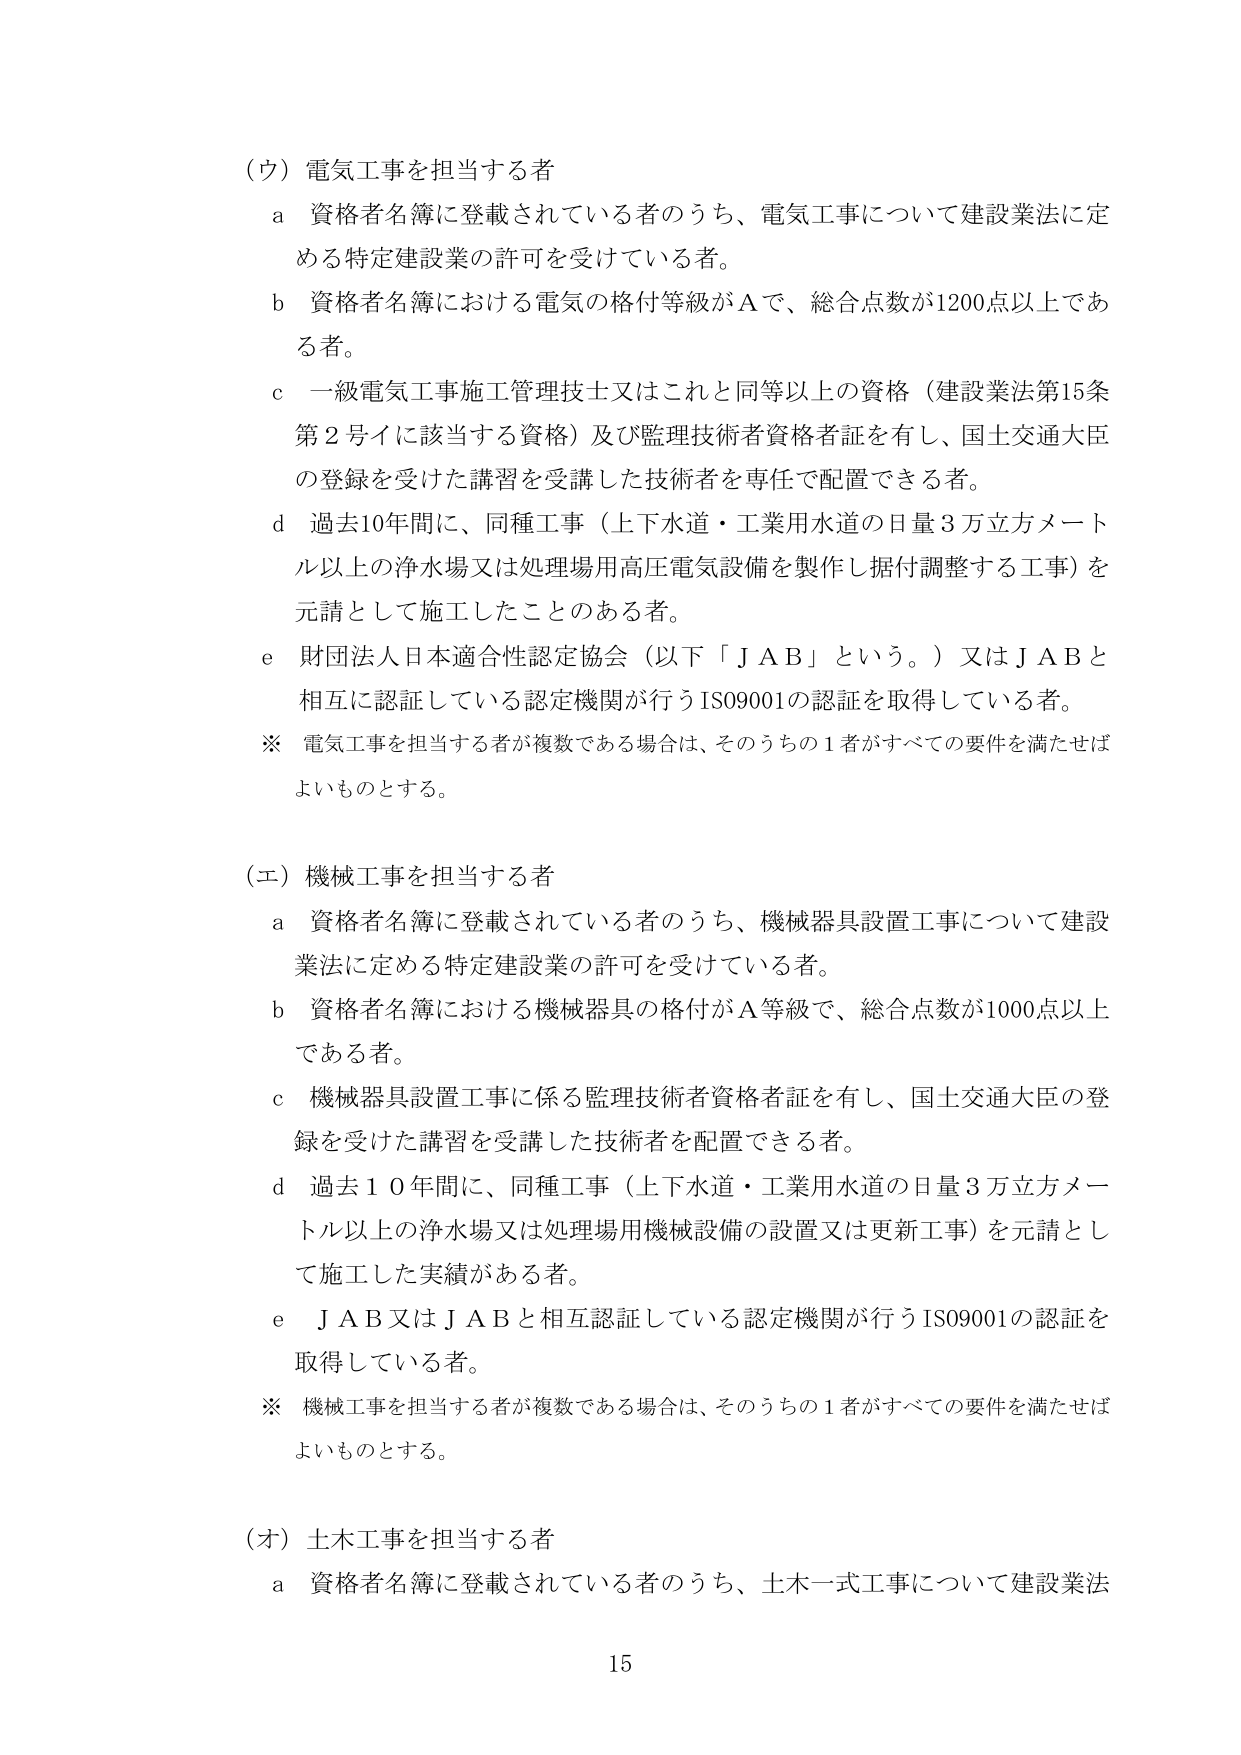
（ウ）電気工事を担当する者
　ａ 資格者名簿に登載されている者のうち、電気工事について建設業法に定める特定建設業の許可を受けている者。
　ｂ 資格者名簿における電気の格付等級がＡで、総合点数が1200点以上である者。
　ｃ 一級電気工事施工管理技士又はこれと同等以上の資格（建設業法第15条第２号イに該当する資格）及び監理技術者資格者証を有し、国土交通大臣の登録を受けた講習を受講した技術者を専任で配置できる者。
　ｄ 過去10年間に、同種工事（上下水道・工業用水道の日量3万立方メートル以上の浄水場又は処理場用高圧電気設備を製作し据付調整する工事）を元請として施工したことのある者。
　ｅ 財団法人日本適合性認定協会（以下「ＪＡＢ」という。）又はＪＡＢと相互に認証している認定機関が行うISO9001の認証を取得している者。
　※ 電気工事を担当する者が複数である場合は、そのうちの１者がすべての要件を満たせばよいものとする。

（エ）機械工事を担当する者
　ａ 資格者名簿に登載されている者のうち、機械器具設置工事について建設業法に定める特定建設業の許可を受けている者。
　ｂ 資格者名簿における機械器具の格付がＡ等級で、総合点数が1000点以上である者。
　ｃ 機械器具設置工事に係る監理技術者資格者証を有し、国土交通大臣の登録を受けた講習を受講した技術者を配置できる者。
　ｄ 過去１０年間に、同種工事（上下水道・工業用水道の日量3万立方メートル以上の浄水場又は処理場用機械設備の設置又は更新工事）を元請として施工した実績がある者。
　ｅ ＪＡＢ又はＪＡＢと相互認証している認定機関が行うISO9001の認証を取得している者。
　※ 機械工事を担当する者が複数である場合は、そのうちの１者がすべての要件を満たせばよいものとする。

（オ）土木工事を担当する者
　ａ 資格者名簿に登載されている者のうち、土木一式工事について建設業法

15